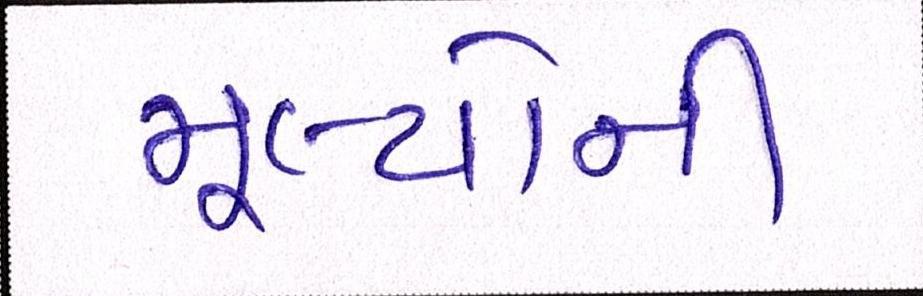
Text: મૂલ્યોની